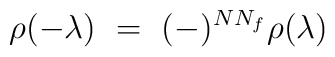
\rho(-\lambda) ~=~ (-)^{N N_f} \rho(\lambda)